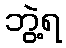
ဘွဲ့ရ